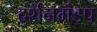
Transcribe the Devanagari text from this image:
दर्शनमंडप